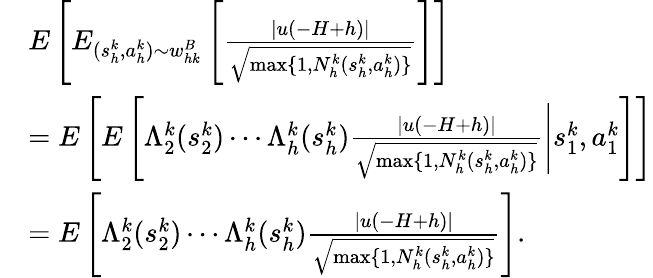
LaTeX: \begin{array}{rl}&{E\left[E_{(s_{h}^{k},a_{h}^{k})\sim w_{hk}^{B}}\left[\frac{\vert u(-H+h)\vert}{\sqrt{\operatorname*{max}\{ 1,N_{h}^{k}(s_{h}^{k},a_{h}^{k})\} }}\right]\right]}\\ &{=E\left[E\left[\Lambda_{2}^{k}(s_{2}^{k})\cdots\Lambda_{h}^{k}(s_{h}^{k})\frac{\vert u(-H+h)\vert}{\sqrt{\operatorname*{max}\{ 1,N_{h}^{k}(s_{h}^{k},a_{h}^{k})\} }}\Bigg\vert s_{1}^{k},a_{1}^{k}\right]\right]}\\ &{=E\left[\Lambda_{2}^{k}(s_{2}^{k})\cdots\Lambda_{h}^{k}(s_{h}^{k})\frac{\vert u(-H+h)\vert}{\sqrt{\operatorname*{max}\{ 1,N_{h}^{k}(s_{h}^{k},a_{h}^{k})\} }}\right].}\end{array}